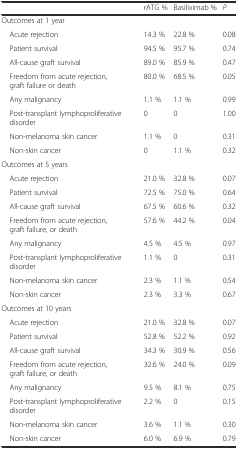
<table><thead><tr><td></td><td><b>rATG %</b></td><td><b>Basiliximab %</b></td><td><b><i>P</i></b></td></tr></thead><tbody><tr><td>Outcomes at 1 year</td><td></td><td></td><td></td></tr><tr><td> Acute rejection</td><td>14.3 %</td><td>22.8 %</td><td>0.08</td></tr><tr><td> Patient survival</td><td>94.5 %</td><td>95.7 %</td><td>0.74</td></tr><tr><td> All-cause graft survival</td><td>89.0 %</td><td>85.9 %</td><td>0.47</td></tr><tr><td> Freedom from acute rejection, graft failure or death</td><td>80.0 %</td><td>68.5 %</td><td>0.05</td></tr><tr><td> Any malignancy</td><td>1.1 %</td><td>1.1 %</td><td>0.99</td></tr><tr><td> Post-transplant lymphoproliferative disorder</td><td>0</td><td>0</td><td>1.00</td></tr><tr><td> Non-melanoma skin cancer</td><td>1.1 %</td><td>0</td><td>0.31</td></tr><tr><td> Non-skin cancer</td><td>0</td><td>1.1 %</td><td>0.32</td></tr><tr><td>Outcomes at 5 years</td><td></td><td></td><td></td></tr><tr><td> Acute rejection</td><td>21.0 %</td><td>32.8 %</td><td>0.07</td></tr><tr><td> Patient survival</td><td>72.5 %</td><td>75.0 %</td><td>0.64</td></tr><tr><td> All-cause graft survival</td><td>67.5 %</td><td>60.6 %</td><td>0.32</td></tr><tr><td> Freedom from acute rejection, graft failure, or death</td><td>57.6 %</td><td>44.2 %</td><td>0.04</td></tr><tr><td> Any malignancy</td><td>4.5 %</td><td>4.5 %</td><td>0.97</td></tr><tr><td> Post-transplant lymphoproliferative disorder</td><td>1.1 %</td><td>0</td><td>0.31</td></tr><tr><td> Non-melanoma skin cancer</td><td>2.3 %</td><td>1.1 %</td><td>0.54</td></tr><tr><td> Non-skin cancer</td><td>2.3 %</td><td>3.3 %</td><td>0.67</td></tr><tr><td>Outcomes at 10 years</td><td></td><td></td><td></td></tr><tr><td> Acute rejection</td><td>21.0 %</td><td>32.8 %</td><td>0.07</td></tr><tr><td> Patient survival</td><td>52.8 %</td><td>52.2 %</td><td>0.92</td></tr><tr><td> All-cause graft survival</td><td>34.3 %</td><td>30.9 %</td><td>0.56</td></tr><tr><td> Freedom from acute rejection, graft failure, or death</td><td>32.6 %</td><td>24.0 %</td><td>0.09</td></tr><tr><td> Any malignancy</td><td>9.5 %</td><td>8.1 %</td><td>0.75</td></tr><tr><td> Post-transplant lymphoproliferative disorder</td><td>2.2 %</td><td>0</td><td>0.15</td></tr><tr><td> Non-melanoma skin cancer</td><td>3.6 %</td><td>1.1 %</td><td>0.30</td></tr><tr><td> Non-skin cancer</td><td>6.0 %</td><td>6.9 %</td><td>0.79</td></tr></tbody></table>